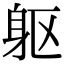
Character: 躯